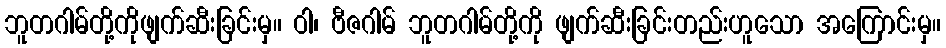
ဘူတဂါမ်တို့ကိုဖျက်ဆီးခြင်းမှ။ ဝါ၊ ဗီဇဂါမ် ဘူတဂါမ်တို့ကို ဖျက်ဆီးခြင်းတည်းဟူသော အကြောင်းမှ။